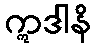
ဣဒါနိ